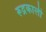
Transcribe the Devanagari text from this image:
रूद्रकाली